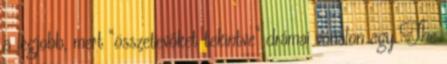
a legjobb, mert “összetevőket tekintve” drámai vonalon egy The